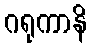
ဂရုကာနိ